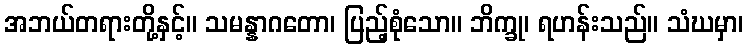
အဘယ်တရားတို့နှင့်။ သမန္နာဂတော၊ ပြည့်စုံသော။ ဘိက္ခု၊ ရဟန်းသည်။ သံဃမှာ၊